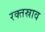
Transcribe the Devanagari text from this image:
रक्‍तस्राव